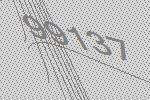
99137